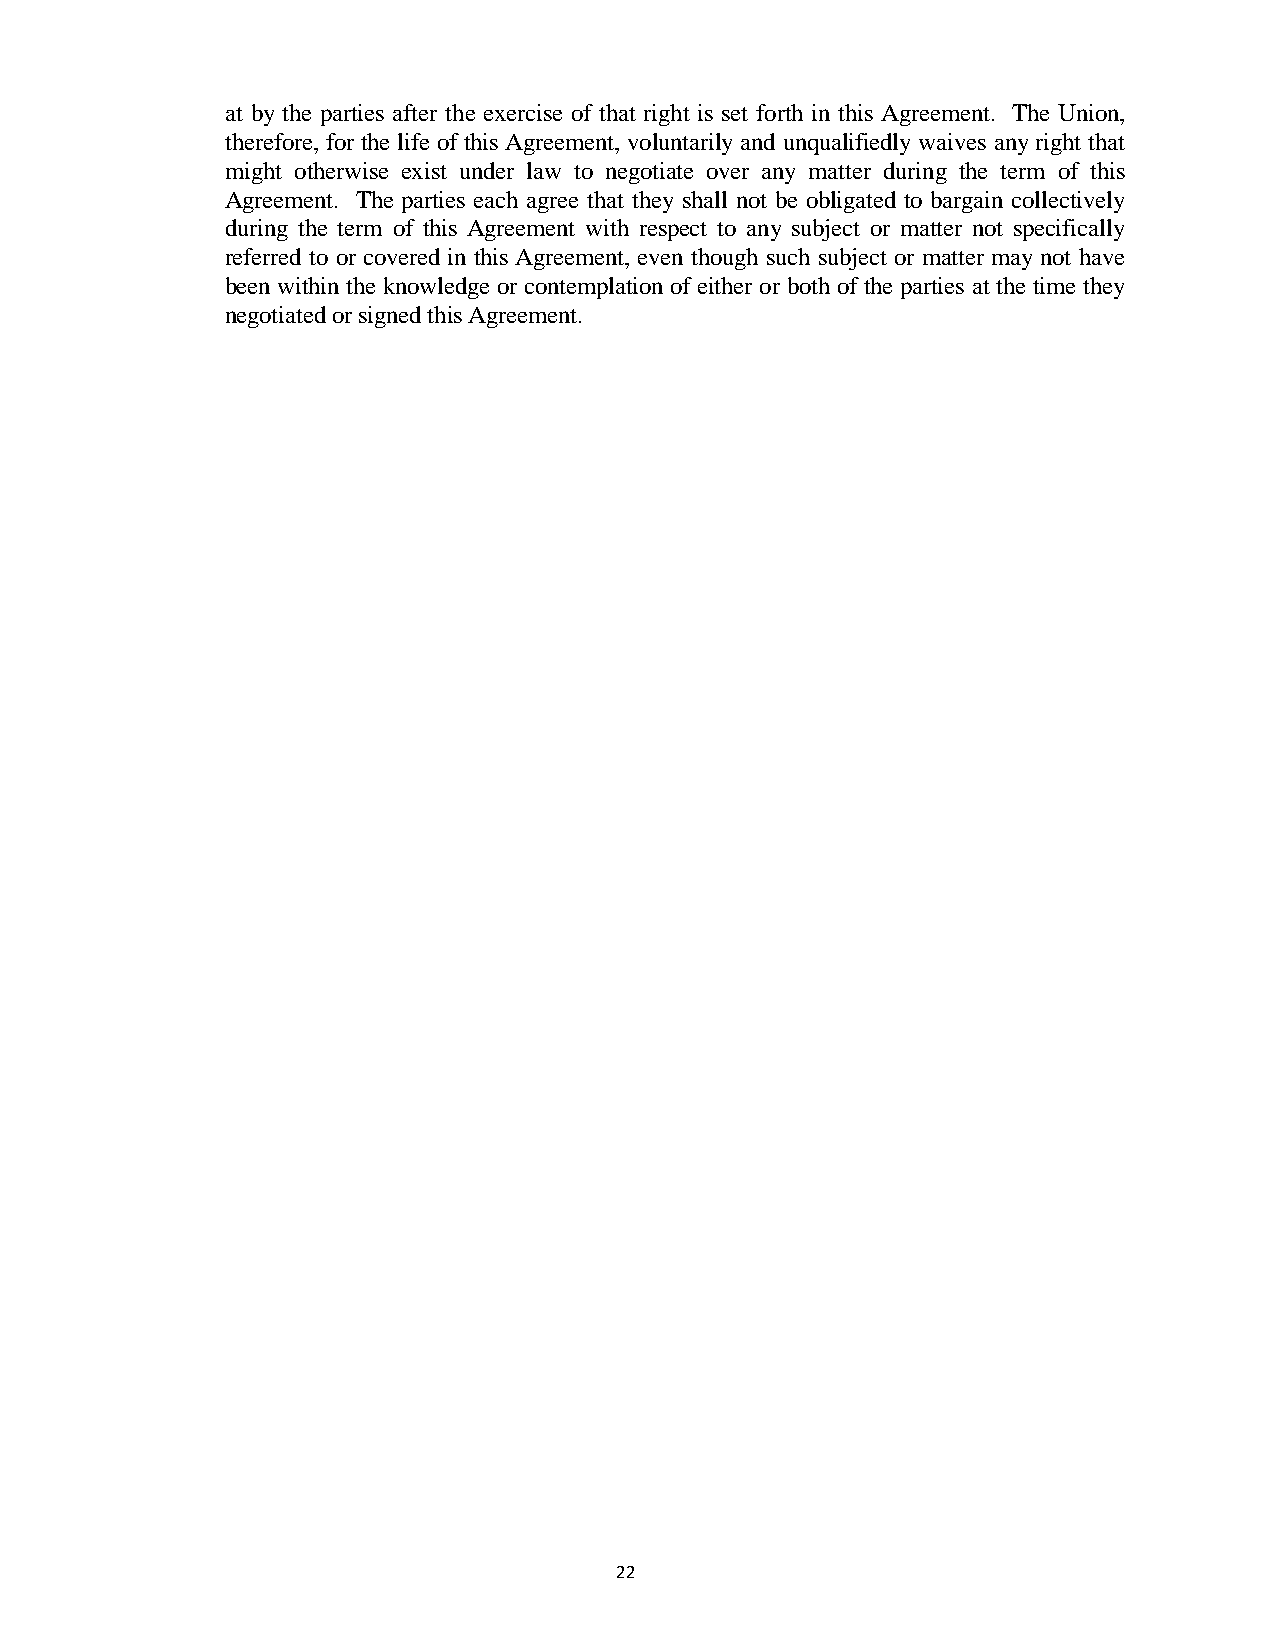
at by the parties after the exercise of that right is set forth in this Agreement. The Union,
 therefore, for the life of this Agreement, voluntarily and unqualifiedly waives any right that
 might otherwise exist under law to negotiate over any matter during the term of this
 Agreement. The parties each agree that they shall not be obligated to bargain collectively
 during the term of this Agreement with respect to any subject or matter not specifically
 referred to or covered in this Agreement, even though such subject or matter may not have
 been within the knowledge or contemplation of either or both of the parties at the time they
 negotiated or signed this Agreement.
 22